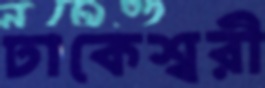
ঢাকেশ্বরী